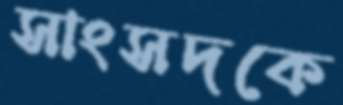
সাংসদকে